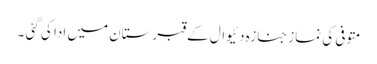
متوفی کی نماز جنازہ دئیوال کے قبرستان میں ادا کی گئی ۔